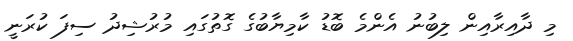
މި ދާއިރާއިން ލިބުނު އެންމެ ބޮޑު ކާމިޔާބުގެ ގޮތުގައި މުރުޝިދު ސިފަ ކުރަނީ